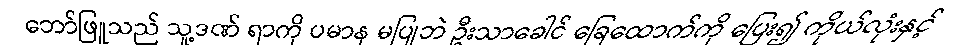
ဘော်ဖြူသည် သူ့ဒဏ် ရာကို ပမာန မပြုဘဲ ဦးသာခေါင် ခြေထောက်ကို ပြေး၍ ကိုယ်လုံးနှင့်